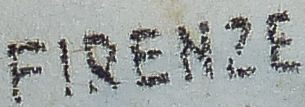
FIRENZE